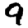
Digit: 9